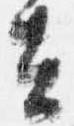
去